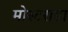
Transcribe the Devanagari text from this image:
मोस्टराडा